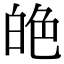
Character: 𦫙